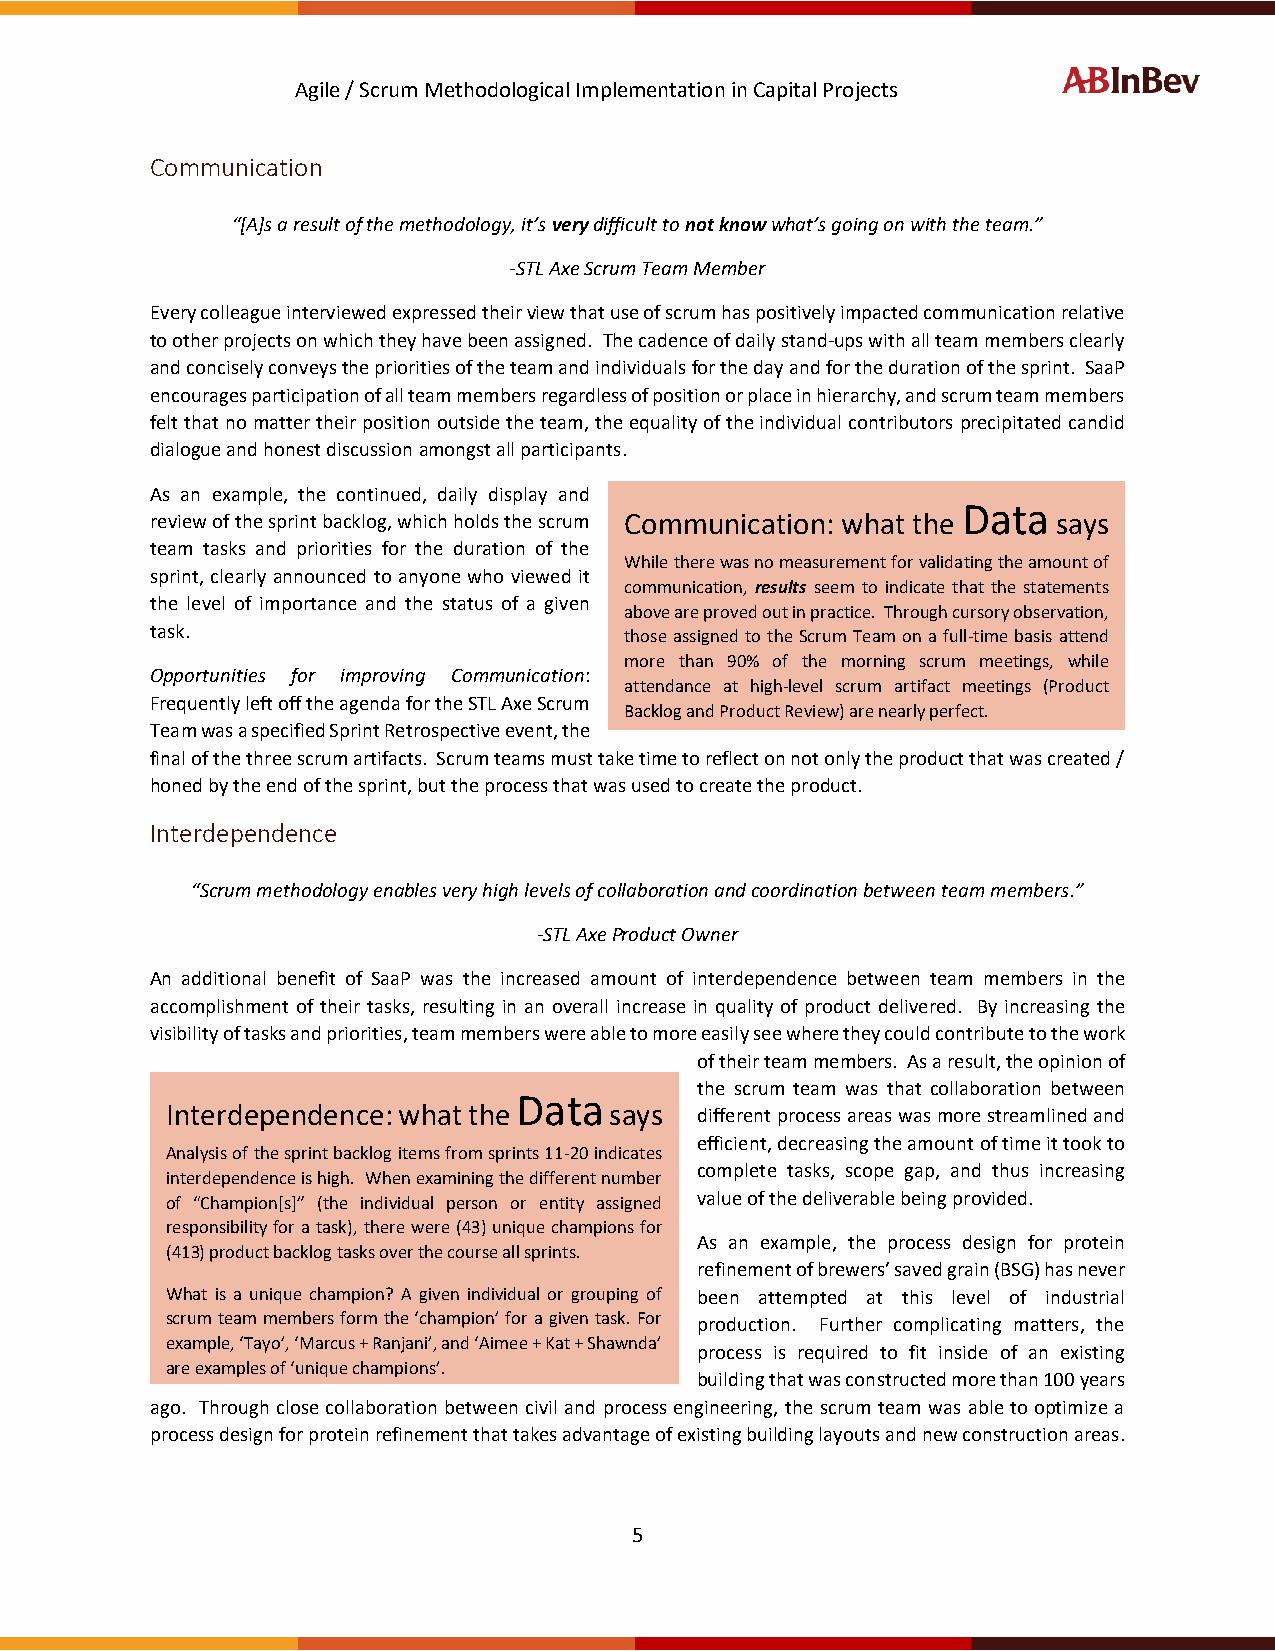
Agile / Scrum Methodological Implementation in Capital Projects
 Communication
 “[A]s a result of the methodology, it’s very difficult to not know what’s going on with the team.”
 -STL Axe Scrum Team Member
 Every colleague interviewed expressed their view that use of scrum has positively impacted communication relative
 to other projects on which they have been assigned. The cadence of daily stand-ups with all team members clearly
 and concisely conveys the priorities of the team and individuals for the day and for the duration of the sprint. SaaP
 encourages participation of all team members regardless of position or place in hierarchy, and scrum team members
 felt that no matter their position outside the team, the equality of the individual contributors precipitated candid
 dialogue and honest discussion amongst all participants.
 As an example, the continued, daily display and
 Data
 review of the sprint backlog, which holds the scrum Communication: what the says
 team tasks and priorities for the duration of the
 While there was no measurement for validating the amount of
 sprint, clearly announced to anyone who viewed it
 communication, results seem to indicate that the statements
 the level of importance and the status of a given
 above are proved out in practice. Through cursory observation,
 task.                          those assigned to the Scrum Team on a full-time basis attend
 more than 90% of the morning scrum meetings, while
 Opportunities for improving Communication:
 attendance at high-level scrum artifact meetings (Product
 Frequently left off the agenda for the STL Axe Scrum
 Backlog and Product Review) are nearly perfect.
 Team was a specified Sprint Retrospective event, the
 final of the three scrum artifacts. Scrum teams must take time to reflect on not only the product that was created /
 honed by the end of the sprint, but the process that was used to create the product.
 Interdependence
 “Scrum methodology enables very high levels of collaboration and coordination between team members.”
 -STL Axe Product Owner
 An additional benefit of SaaP was the increased amount of interdependence between team members in the
 accomplishment of their tasks, resulting in an overall increase in quality of product delivered. By increasing the
 visibility of tasks and priorities, team members were able to more easily see where they could contribute to the work
 of their team members. As a result, the opinion of
 the scrum team was that collaboration between
 Data
 Interdependence: what the    says  different process areas was more streamlined and
 efficient, decreasing the amount of time it took to
 Analysis of the sprint backlog items from sprints 11-20 indicates
 complete tasks, scope gap, and thus increasing
 interdependence is high. When examining the different number
 of “Champion[s]” (the individual person or entity assigned value of the deliverable being provided.
 responsibility for a task), there were (43) unique champions for
 As an example, the process design for protein
 (413) product backlog tasks over the course all sprints.
 refinement of brewers’ saved grain (BSG) has never
 What is a unique champion? A given individual or grouping of been attempted at this level of industrial
 scrum team members form the ‘champion’ for a given task. For production. Further complicating matters, the
 example, ‘Tayo’, ‘Marcus + Ranjani’, and ‘Aimee + Kat + Shawnda’
 process is required to fit inside of an existing
 are examples of ‘unique champions’.
 building that was constructed more than 100 years
 ago. Through close collaboration between civil and process engineering, the scrum team was able to optimize a
 process design for protein refinement that takes advantage of existing building layouts and new construction areas.
 5